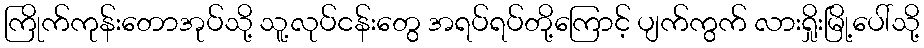
ကြိုက်ကုန်းတောအုပ်သို့ သူ့လုပ်ငန်းတွေ အရပ်ရပ်တို့ကြောင့် ပျက်ကွက် လားရှိုးမြို့ပေါ်သို့